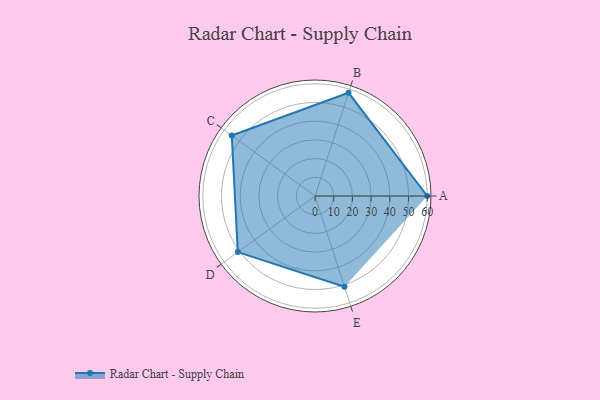
{"axis": {"x": "Skill", "y": "Score"}, "legend": ["Profile"], "data": [{"x": "A", "y": 60.0, "type": "Profile"}, {"x": "B", "y": 58.0, "type": "Profile"}, {"x": "C", "y": 55.0, "type": "Profile"}, {"x": "D", "y": 51.0, "type": "Profile"}, {"x": "E", "y": 51.0, "type": "Profile"}]}